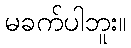
မခက်ပါဘူး။